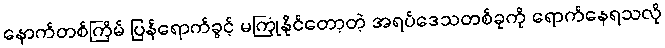
နောက်တစ်ကြိမ် ပြန်ရောက်ခွင့် မကြုံနိုင်တော့တဲ့ အရပ်ဒေသတစ်ခုကို ရောက်နေရသလို